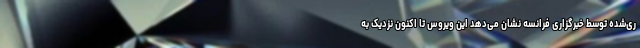
ری‌شده توسط خبرگزاری فرانسه نشان می‌دهد این ویروس تا اکنون نزدیک به